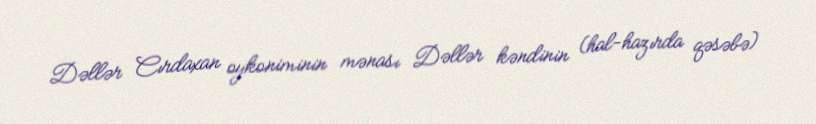
Dəllər Cırdaxan oykoniminin mənası Dəllər kəndinin (hal-hazırda qəsəbə)